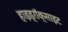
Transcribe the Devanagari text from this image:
हाइड्रॉक्साइट